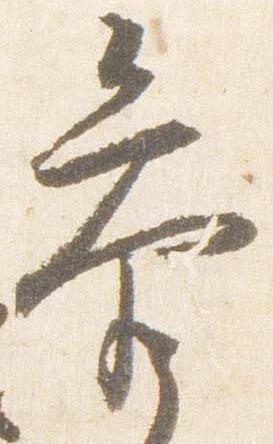
参